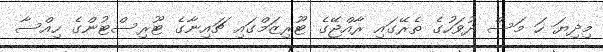
މިދިޔަ ހަ މަސް ދުވަހުގެ ތެރޭގައި ރާއްޖޭގެ ޓޫރިޒަމްގައި ޗައިނާގެ ޓޫރިސްޓުންގެ ހިއްސާ